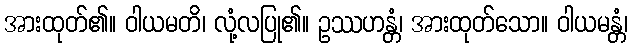
အားထုတ်၏။ ဝါယမတိ၊ လုံ့လပြု၏။ ဥဿဟန္တံ၊ အားထုတ်သော။ ဝါယမန္တံ၊